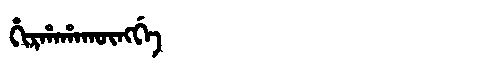
Manchu: ᡥᡳᡵᡥᠠᡥᠠᡴᡡᠩᡤᡝ
Romanization: HIRHAHAKŪNGGE